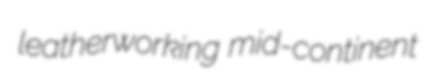
leatherworking mid-continent